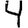
Digit: 4